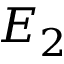
E _ { 2 }